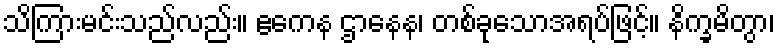
သိကြားမင်းသည်လည်း။ ဧကေန ဌာနေန၊ တစ်ခုသောအရပ်ဖြင့်။ နိက္ခမိတွာ၊